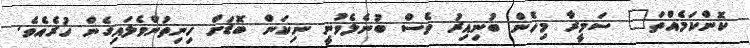
ކޮންކަމެއްތަ" ސަމީރާ މިހެން ބުނިއިރު ވެސް ބުނެލެވުނީ ނިކަން ބޮޑަށް ހިނިތުންވެލައިގެން ހުރެއެވެ.